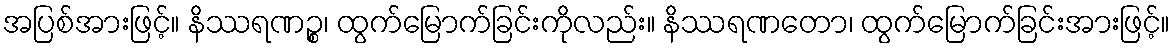
အပြစ်အားဖြင့်။ နိဿရဏဉ္စ၊ ထွက်မြောက်ခြင်းကိုလည်း။ နိဿရဏတော၊ ထွက်မြောက်ခြင်းအားဖြင့်။